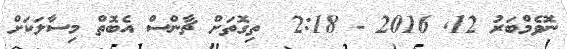
ނޮވެމްބަރު 12